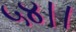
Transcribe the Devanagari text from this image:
५४।।